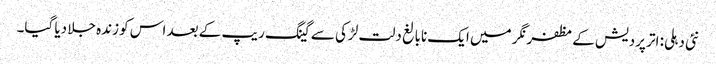
نئی دہلی: اتر پردیش کے مظفرنگر میں ایک نابالغ دلت لڑکی سے گینگ ریپ کے بعد اس کو زندہ جلا دیا گیا۔